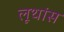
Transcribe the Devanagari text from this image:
लूथांस